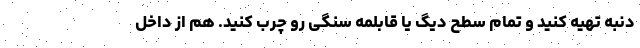
دنبه تهیه کنید و تمام سطح دیگ یا قابلمه سنگی رو چرب کنید. هم از داخل